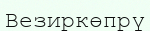
Везиркөпрү